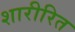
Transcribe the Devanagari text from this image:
शारीरित